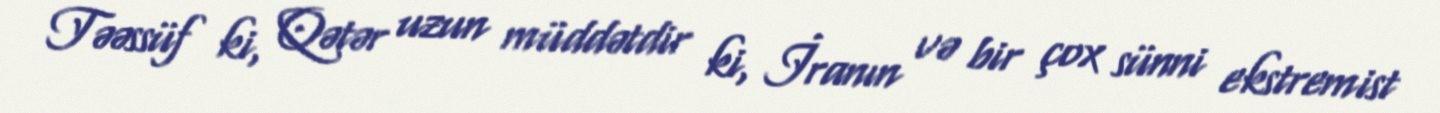
Təəssüf ki, Qətər uzun müddətdir ki, İranın və bir çox sünni ekstremist